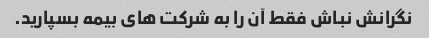
نگرانش نباش فقط آن را به شرکت های بیمه بسپارید.